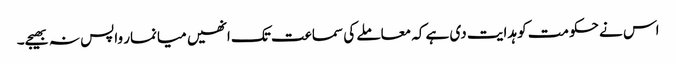
اس نے حکومت کو ہدایت دی ہے کہ معاملے کی سماعت تک انھیں میانمار واپس نہ بھیجے۔